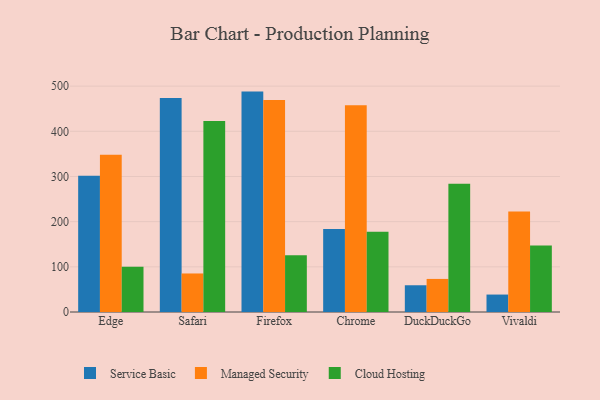
{"axis": {"x": "Browser", "y": "Satisfaction Score"}, "legend": ["Cloud Hosting", "Managed Security", "Service Basic"], "data": [{"x": "Edge", "y": 301.8, "type": "Service Basic"}, {"x": "Edge", "y": 348.3, "type": "Managed Security"}, {"x": "Edge", "y": 99.9, "type": "Cloud Hosting"}, {"x": "Safari", "y": 473.8, "type": "Service Basic"}, {"x": "Safari", "y": 85.3, "type": "Managed Security"}, {"x": "Safari", "y": 423.0, "type": "Cloud Hosting"}, {"x": "Firefox", "y": 487.9, "type": "Service Basic"}, {"x": "Firefox", "y": 469.2, "type": "Managed Security"}, {"x": "Firefox", "y": 125.5, "type": "Cloud Hosting"}, {"x": "Chrome", "y": 183.5, "type": "Service Basic"}, {"x": "Chrome", "y": 457.9, "type": "Managed Security"}, {"x": "Chrome", "y": 177.6, "type": "Cloud Hosting"}, {"x": "DuckDuckGo", "y": 59.2, "type": "Service Basic"}, {"x": "DuckDuckGo", "y": 73.2, "type": "Managed Security"}, {"x": "DuckDuckGo", "y": 283.8, "type": "Cloud Hosting"}, {"x": "Vivaldi", "y": 38.6, "type": "Service Basic"}, {"x": "Vivaldi", "y": 222.7, "type": "Managed Security"}, {"x": "Vivaldi", "y": 147.3, "type": "Cloud Hosting"}]}